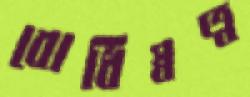
বোধিস্বত্ব